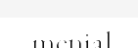
menial